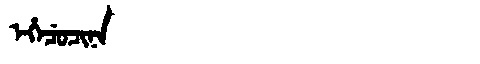
Manchu: ᡝᡥᡝᠴᡠᠴᡳᠨᠠ
Romanization: EHECUCINA